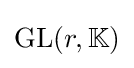
\operatorname {GL} (r,\mathbb {K} )